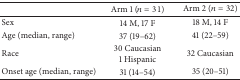
|  | Arm 1 (n = 31) | Arm 2 (n = 32) |
 | --- | --- | --- |
 | Sex | 14 M, 17 F | 18 M, 14 F |
 | Age (median, range) | 37 (19–62) | 41 (22–59) |
 | Race | 30 Caucasian1 Hispanic | 32 Caucasian |
 | Onset age (median, range) | 31 (14–54) | 35 (20–51) |